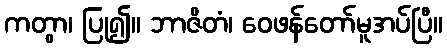
ကတွာ၊ ပြု၍။ ဘာဇိတံ၊ ဝေဖန်တော်မူအပ်ပြီ။